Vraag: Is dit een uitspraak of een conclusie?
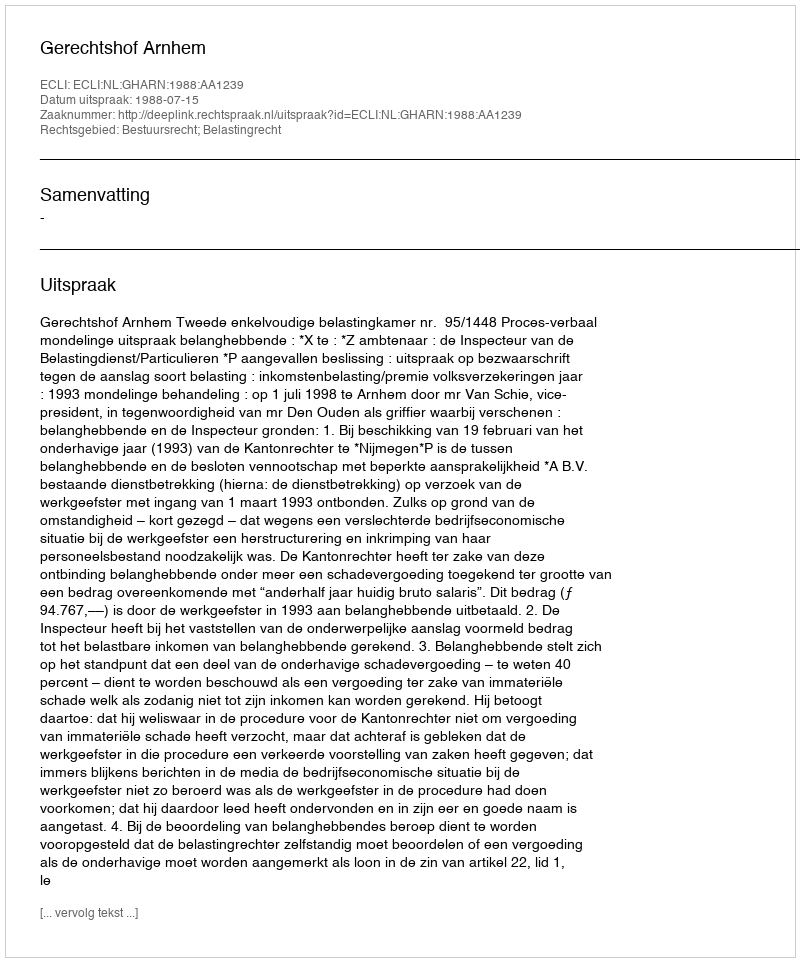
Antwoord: Uitspraak